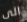
الى